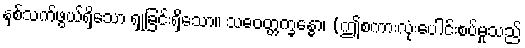
နှစ်သက်ဖွယ်ရှိသော ရှုခြင်းရှိသော။ သဓဝတ္တက္ခန္ဓော၊ (ဤစကားလုံးပေါင်းစပ်မှုသည်